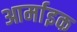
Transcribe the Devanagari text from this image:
आर्माइक